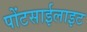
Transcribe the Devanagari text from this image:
पोंटसाईलाइट